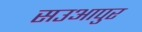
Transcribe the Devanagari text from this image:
सउआपुर